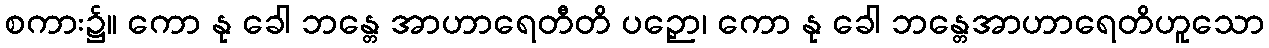
စကား၌။ ကော နု ခေါ ဘန္တေ အာဟာရေတီတိ ပဉှော၊ ကော နု ခေါ ဘန္တေအာဟာရေတိဟူသော